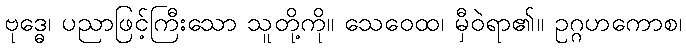
ဗုဒ္ဓေ၊ ပညာဖြင့်ကြီးသော သူတို့ကို။ သေဝေထ၊ မှီဝဲရာ၏။ ဥဂ္ဂဟကောစ၊